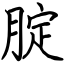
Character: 腚